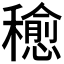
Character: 𥣒